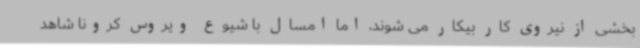
بخشی از نیروی کار بیکار می شوند، اما امسال با شیوع ویروس کرونا شاهد